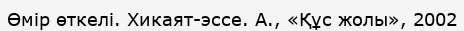
Өмір өткелі. Хикаят-эссе. А., «Құс жолы», 2002